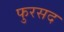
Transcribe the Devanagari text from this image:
फुरसद